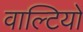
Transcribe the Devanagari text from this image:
वाल्टियों